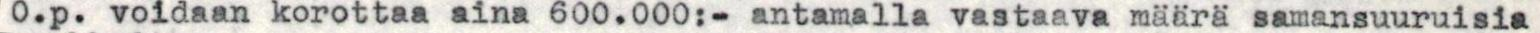
O.p. voidaan korottaa aina 600.000:- antamalla vastaava määrä samansuuruisia